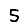
Digit: 5